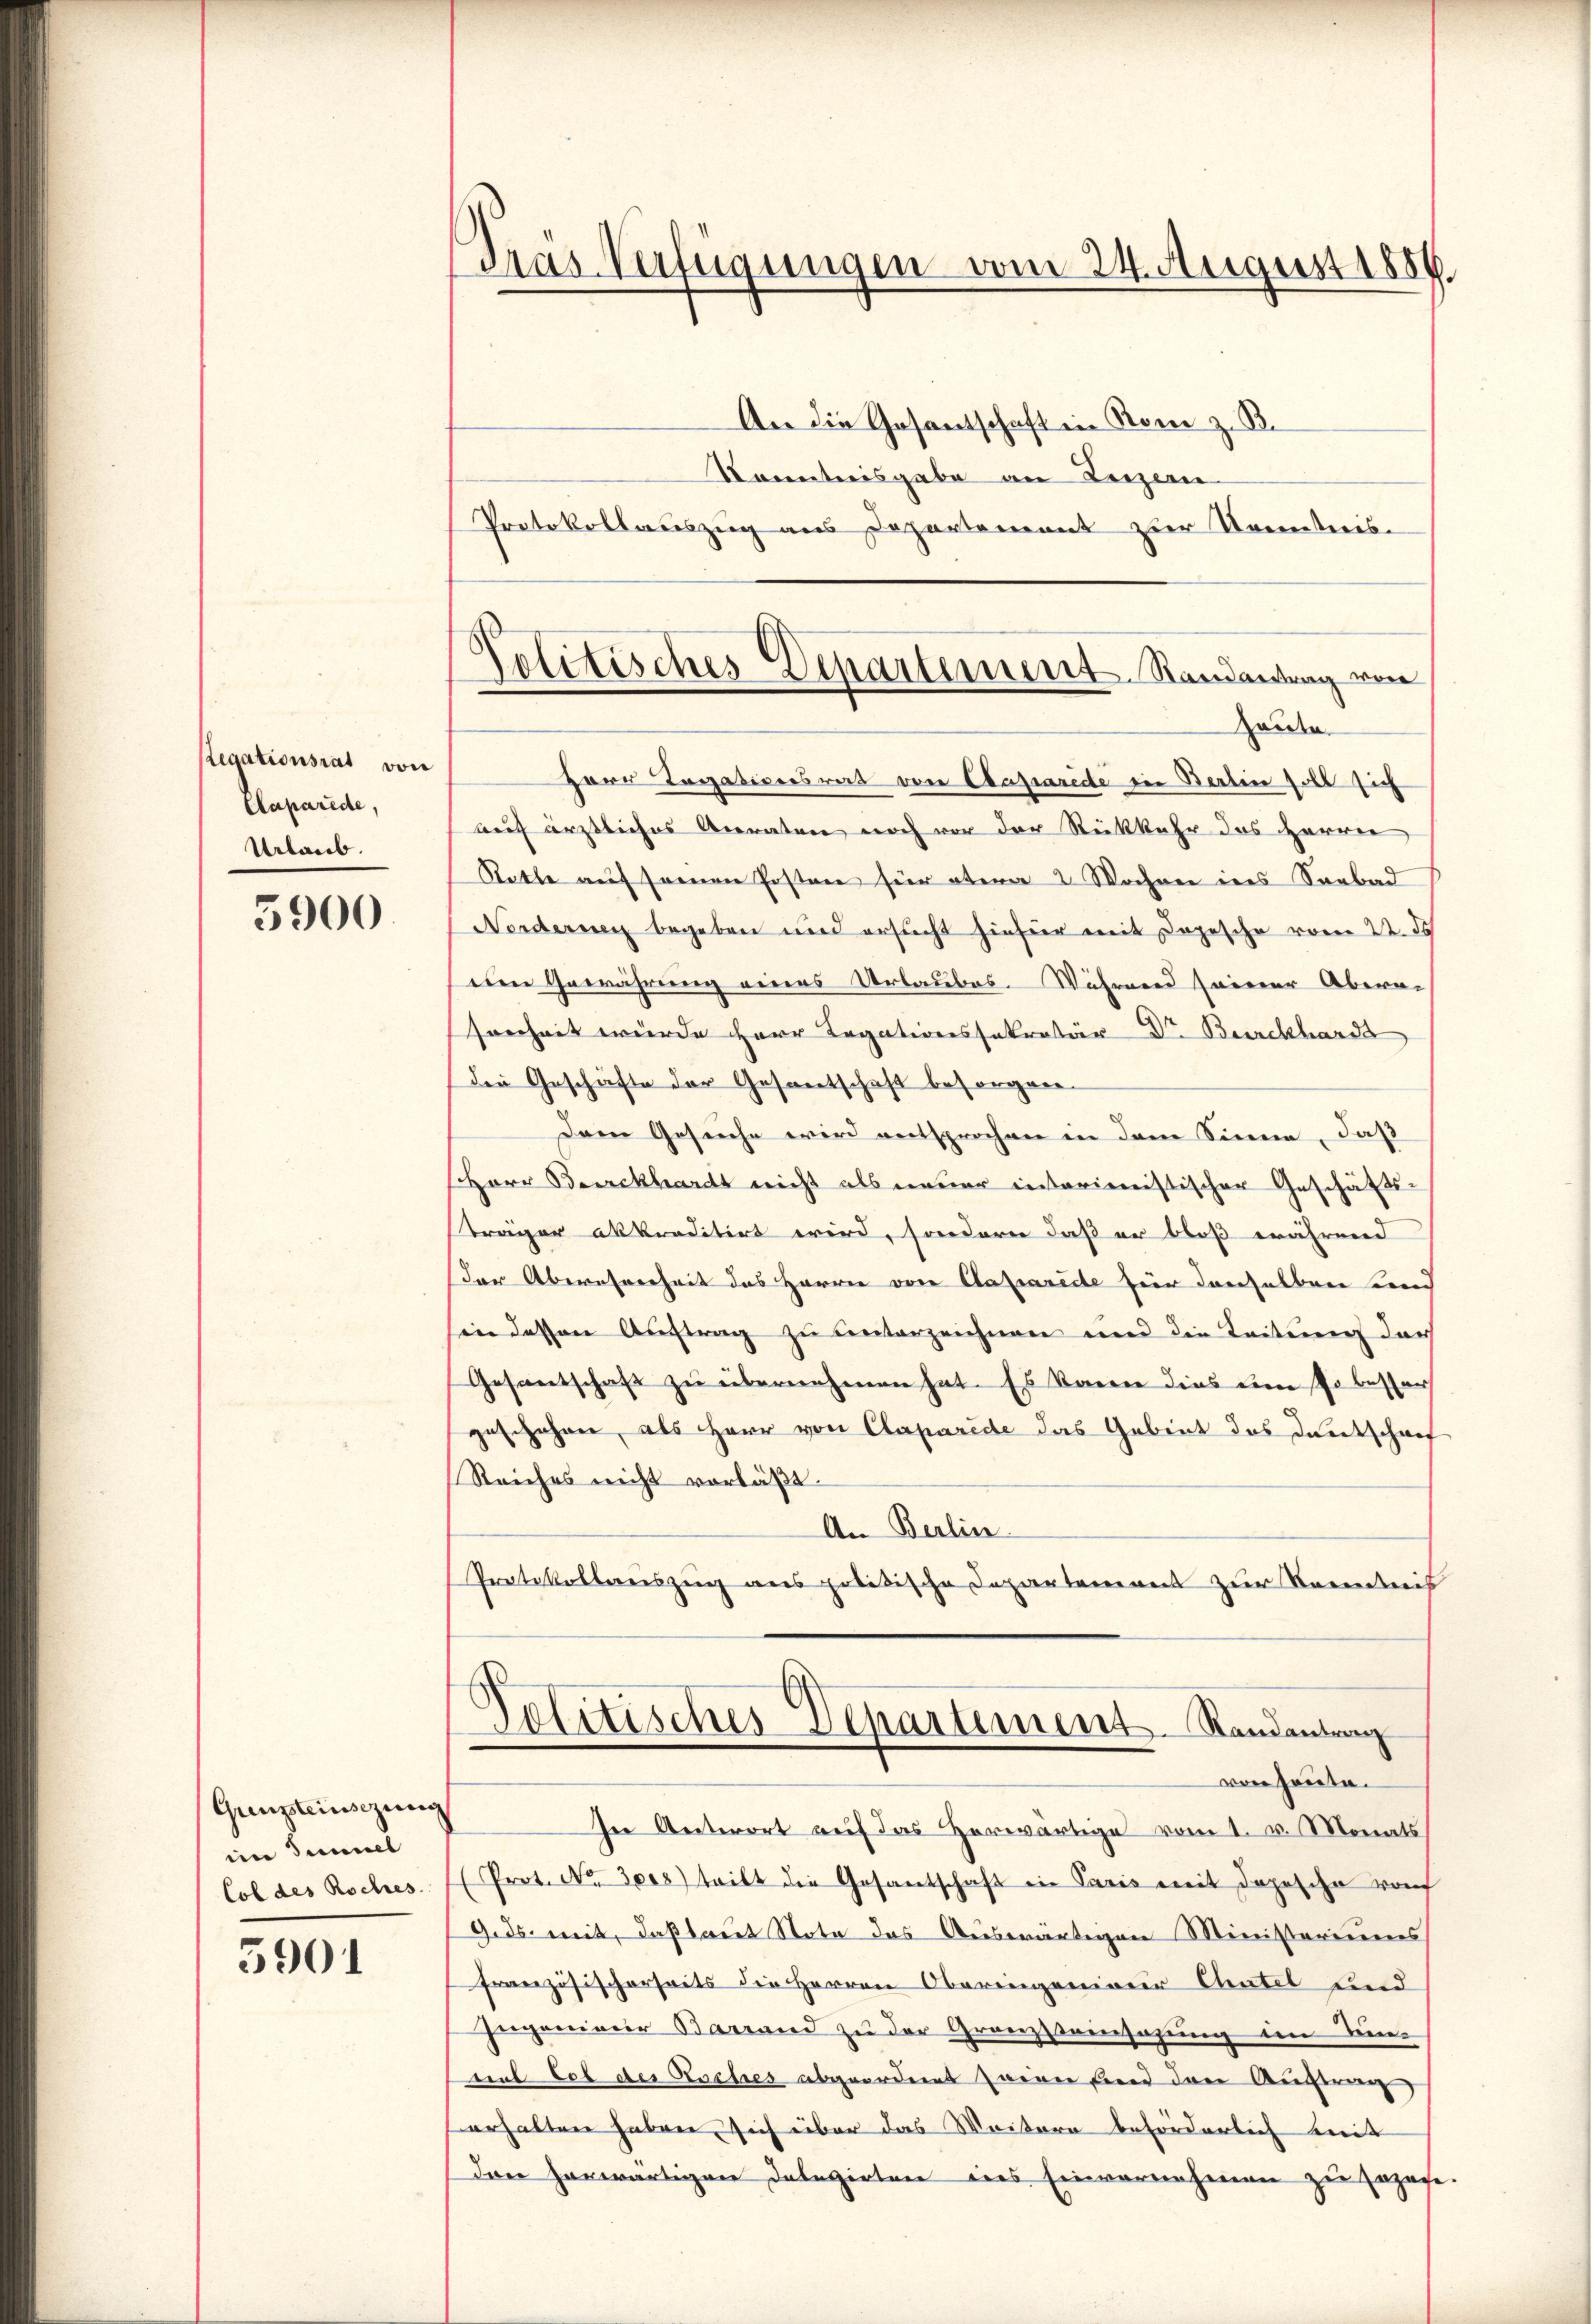
Legationsrat von
Caparide,
Urlaub.

5900.

Gunsteinsezung
ein Samml
Col des Roches.

5901

Tras Verfügungen vom 24. August 1889.

Kenntnisgabe an Luzern
Protokollauszug aus Departement zur Kenntnis.
Herr Tagationsrat von Caparede in Berlin soll sich
auf ärztliches Anraten noch vor der Rückkehr das Herren
Statte auf seineren Posten hier oben 2 Wochen ins Sanbad
Norderung begeben und ersucht hiefür mit Depesche vom 22. de
den Gewährung eines Urlaubas. Während seiner Abera-
srechnet wurde Herr Legationssakretär Dr. Burckhard
den Geschäfte der Gesantschaft besorgen.
Dem Gesuche wird entsprochen in dem Sinne, daß
HHerr Burckhardt nicht als neuer interimistischer Geschäfts-
träger akkreditirt wird, sondern daß er bloß während
Der Überehrerheit des Herren von Caparirte für denselben sind
in dessen Auftrag zu unterzeichnen und die Leitung der
Gesantschaft zu übernehmen hat. Es kann dies um so besser
geschehen, als Herr von Claparede das Gebiet des Dentschrif
Reiches nicht vorläβt.
An Berlin
Protokollereiszeug aus politische Departement zur Kermeis
Politisches Departement Randantrag
von heute.
In Antwort auf das Horwärtige vom 1. v. Monats
(Prot. No. 3008) tritt die Gesandschaft in Paris mit doposche von
9.ds. mit, daß laut Nota das Auswärtigen Ministeriums
Französischerheits die Herren Oberingenianer Chatel und
Ingenieur Barrand zu der Granzsteinsazung im Einmil Sol der Koches abgeordnet seinen sind den Auftrun
erhalten haben, sich über das Weitern beförderlich mit
Dan herwärtigen Delegirten des Einvernehmen zu sapage

An die Gesantschaft in Rom z. B.

Politisches Departement Randentrag von
Heute.